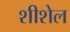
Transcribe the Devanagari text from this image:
शीशेल